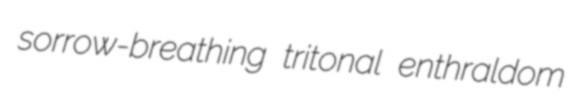
sorrow-breathing tritonal enthraldom